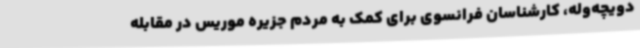
دویچه‌وله، کارشناسان فرانسوی برای کمک به مردم جزیره موریس در مقابله